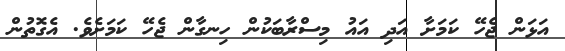
އަޅަން ޖެހޭ ކަމަށާ އަދި އައު މިސްރާބަކުން ހިނގާން ޖެހޭ ކަމަަށެވެ. އެގޮތުން